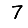
Digit: 7